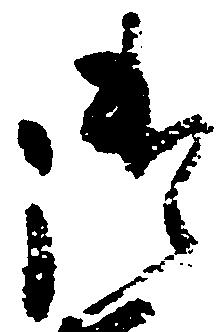
御